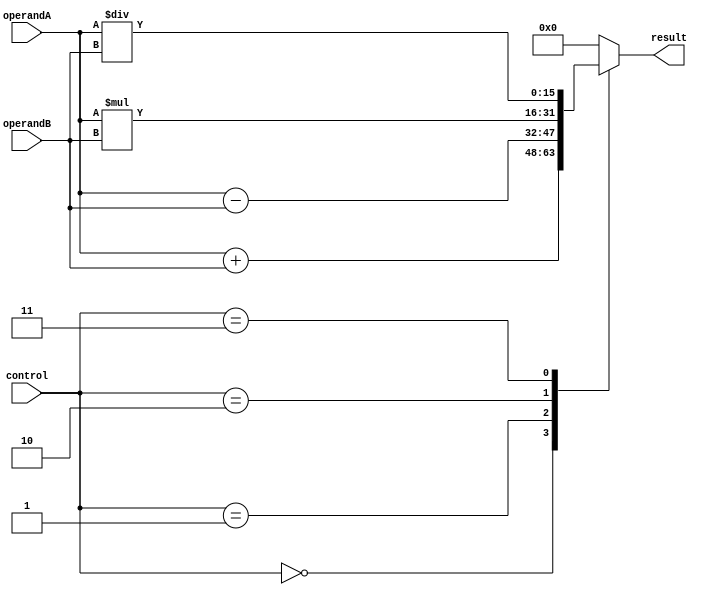
module ALU (
    input wire [15:0] operandA,
    input wire [15:0] operandB,
    input wire [3:0] control,
    output reg [15:0] result
);

// Arithmetic blocks
always @*
begin
    case(control)
        4'b0000: result = operandA + operandB; // Addition
        4'b0001: result = operandA - operandB; // Subtraction
        4'b0010: result = operandA * operandB; // Multiplication
        4'b0011: result = operandA / operandB; // Division
        // Add more operations as needed
        default: result = 16'h0000; // Default operation
    endcase
end

// Input and output registers
always @ (posedge clk)
begin
    // Add register logic here
end

// Multiplexers for selecting operation based on control signals
// Add multiplexer logic here

// Carry-lookahead logic
// Add carry-lookahead logic here

endmodule